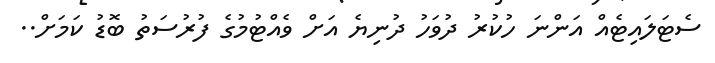
ސެޓަލައިޓެއް އަންނަ ހުކުރު ދުވަހު ދުނިޔެ އަށް ވެއްޓުމުގެ ފުރުސަތު ބޮޑު ކަމަށް..